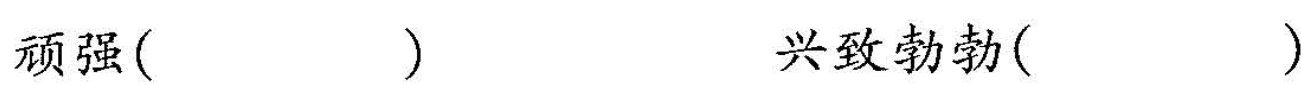
顽强( ）兴致勃勃()